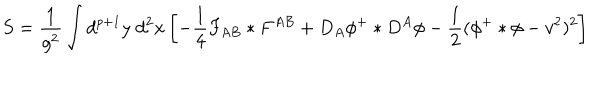
S = { \frac { 1 } { g ^ { 2 } } } \int d ^ { p + 1 } y \; d ^ { 2 } x \left[ - { \frac { 1 } { 4 } } F _ { A B } * F ^ { A B } + D _ { A } \phi ^ { + } * D ^ { A } \phi - { \frac { 1 } { 2 } } ( \phi ^ { + } * \phi - v ^ { 2 } ) ^ { 2 } \right]